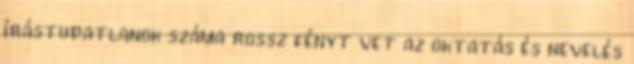
írástudatlanok száma rossz fényt vet az oktatás és nevelés